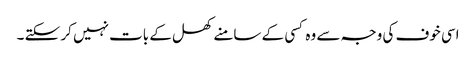
اسی خوف کی وجہ سے وہ کسی کے سامنے کھل کے بات نہیں کر سکتے ۔